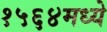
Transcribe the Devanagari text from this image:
१५६४मध्ये